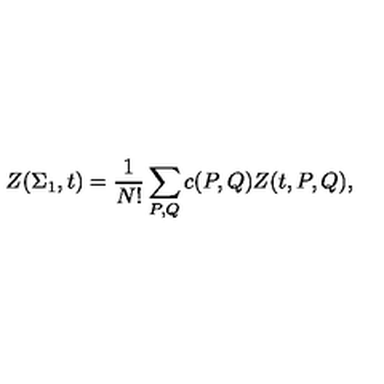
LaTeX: Z ( \Sigma _ { 1 } , t ) = { \frac { 1 } { N ! } } \sum _ { P , Q } c ( P , Q ) Z ( t , P , Q ) ,